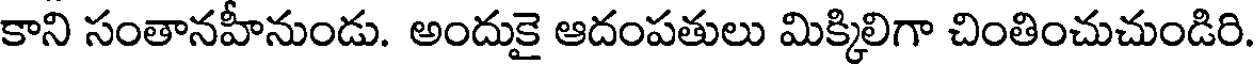
కాని సంతానహీనుండు. అందుకై ఆదంపతులు మిక్కిలిగా చింతించుచుండిరి